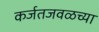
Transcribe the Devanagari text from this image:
कर्जतजवळच्या